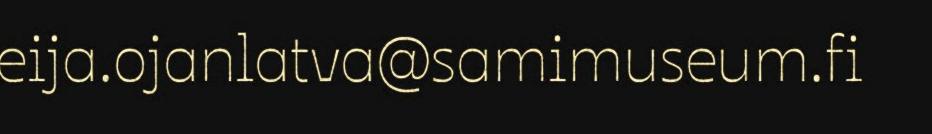
eija.ojanlatva@samimuseum.fi